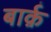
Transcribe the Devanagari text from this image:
बार्क़